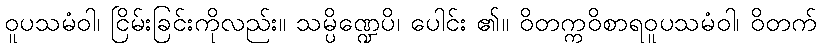
ဝူပသမံဝါ၊ ငြိမ်းခြင်းကိုလည်း။ သမ္ပိဏ္ဍေပိ၊ ပေါင်း ၏။ ဝိတက္ကဝိစာရဝူပသမံဝါ၊ ဝိတက်